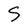
Character: S